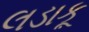
લડાકૂ